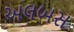
અલબસ